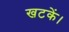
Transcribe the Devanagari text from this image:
खटकें।